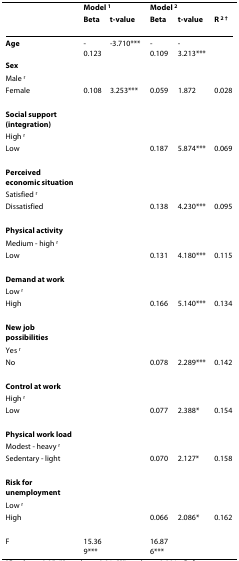
<table><thead><tr><td></td><td colspan="2"><b>Model <sup>1</sup></b></td><td colspan="2"><b>Model <sup>2</sup></b></td><td></td></tr><tr><td></td><td><b>Beta</b></td><td><b>t-value</b></td><td><b>Beta</b></td><td><b>t-value</b></td><td><b>R <sup>2 †</sup></b></td></tr></thead><tbody><tr><td><b>Age</b></td><td>-0.123</td><td>-3.710***</td><td>-0.109</td><td>-3.213***</td><td></td></tr><tr><td><b>Sex</b></td><td></td><td></td><td></td><td></td><td></td></tr><tr><td>Male <sup>r</sup></td><td></td><td></td><td></td><td></td><td></td></tr><tr><td>Female</td><td>0.108</td><td>3.253***</td><td>0.059</td><td>1.872</td><td>0.028</td></tr><tr><td><b>Social support (integration)</b></td><td></td><td></td><td></td><td></td><td></td></tr><tr><td>High <sup>r</sup></td><td></td><td></td><td></td><td></td><td></td></tr><tr><td>Low</td><td></td><td></td><td>0.187</td><td>5.874***</td><td>0.069</td></tr><tr><td><b>Perceived economic situation</b></td><td></td><td></td><td></td><td></td><td></td></tr><tr><td>Satisfied <sup>r</sup></td><td></td><td></td><td></td><td></td><td></td></tr><tr><td>Dissatisfied</td><td></td><td></td><td>0.138</td><td>4.230***</td><td>0.095</td></tr><tr><td><b>Physical activity</b></td><td></td><td></td><td></td><td></td><td></td></tr><tr><td>Medium - high <sup>r</sup></td><td></td><td></td><td></td><td></td><td></td></tr><tr><td>Low</td><td></td><td></td><td>0.131</td><td>4.180***</td><td>0.115</td></tr><tr><td><b>Demand at work</b></td><td></td><td></td><td></td><td></td><td></td></tr><tr><td>Low <sup>r</sup></td><td></td><td></td><td></td><td></td><td></td></tr><tr><td>High</td><td></td><td></td><td>0.166</td><td>5.140***</td><td>0.134</td></tr><tr><td><b>New job possibilities</b></td><td></td><td></td><td></td><td></td><td></td></tr><tr><td>Yes <sup>r</sup></td><td></td><td></td><td></td><td></td><td></td></tr><tr><td>No</td><td></td><td></td><td>0.078</td><td>2.289***</td><td>0.142</td></tr><tr><td><b>Control at work</b></td><td></td><td></td><td></td><td></td><td></td></tr><tr><td>High <sup>r</sup></td><td></td><td></td><td></td><td></td><td></td></tr><tr><td>Low</td><td></td><td></td><td>0.077</td><td>2.388*</td><td>0.154</td></tr><tr><td><b>Physical work load</b></td><td></td><td></td><td></td><td></td><td></td></tr><tr><td>Modest - heavy <sup>r</sup></td><td></td><td></td><td></td><td></td><td></td></tr><tr><td>Sedentary - light</td><td></td><td></td><td>0.070</td><td>2.127*</td><td>0.158</td></tr><tr><td><b>Risk for unemployment</b></td><td></td><td></td><td></td><td></td><td></td></tr><tr><td>Low <sup>r</sup></td><td></td><td></td><td></td><td></td><td></td></tr><tr><td>High</td><td></td><td></td><td>0.066</td><td>2.086*</td><td>0.162</td></tr><tr><td>F</td><td>15.369***</td><td></td><td>16.876***</td><td></td><td></td></tr></tbody></table>